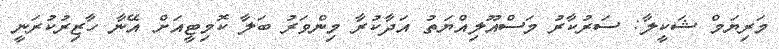
މަރިޔަމް ޝަކީލާ: ސަރުކާރު މަސްއޫލިއްޔަތު އަދާކުރާ މިންވަރު ބަލާ ކޮމިޓީއަށް އޭނާ ހާޒިރުކުރަނީ